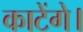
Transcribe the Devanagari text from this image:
काटेंगे।